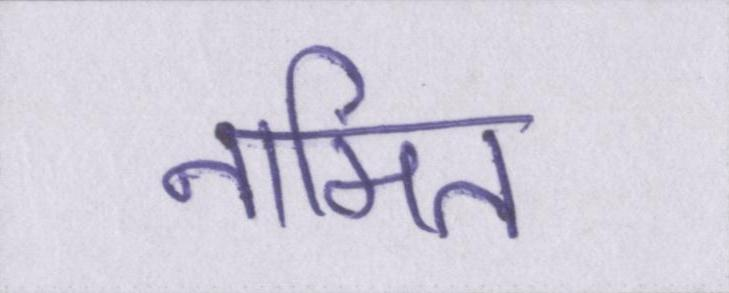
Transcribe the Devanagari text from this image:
नामित